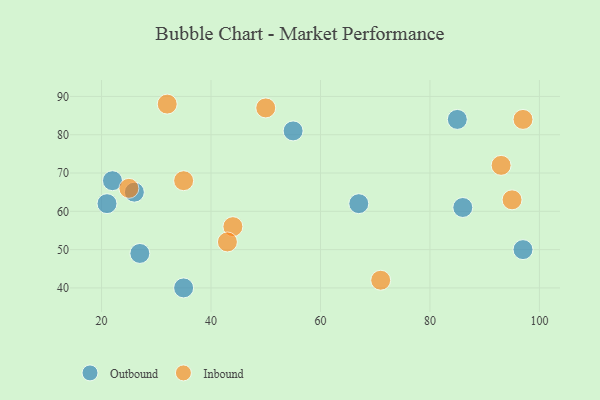
{"axis": {"x": "GDP", "y": "Life Expectancy"}, "legend": ["Inbound", "Outbound"], "data": [{"x": "86", "y": 61, "type": "Outbound"}, {"x": "22", "y": 68, "type": "Outbound"}, {"x": "26", "y": 65, "type": "Outbound"}, {"x": "21", "y": 62, "type": "Outbound"}, {"x": "27", "y": 49, "type": "Outbound"}, {"x": "97", "y": 50, "type": "Outbound"}, {"x": "67", "y": 62, "type": "Outbound"}, {"x": "85", "y": 84, "type": "Outbound"}, {"x": "55", "y": 81, "type": "Outbound"}, {"x": "35", "y": 40, "type": "Outbound"}, {"x": "50", "y": 87, "type": "Inbound"}, {"x": "44", "y": 56, "type": "Inbound"}, {"x": "71", "y": 42, "type": "Inbound"}, {"x": "25", "y": 66, "type": "Inbound"}, {"x": "32", "y": 88, "type": "Inbound"}, {"x": "43", "y": 52, "type": "Inbound"}, {"x": "35", "y": 68, "type": "Inbound"}, {"x": "93", "y": 72, "type": "Inbound"}, {"x": "95", "y": 63, "type": "Inbound"}, {"x": "97", "y": 84, "type": "Inbound"}]}